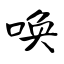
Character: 唤